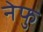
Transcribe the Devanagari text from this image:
नेफु